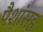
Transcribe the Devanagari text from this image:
पैशांसह